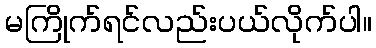
မကြိုက်ရင်လည်းပယ်လိုက်ပါ။